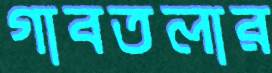
গাবতলার